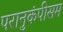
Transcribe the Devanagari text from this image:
परानुकंपीसम